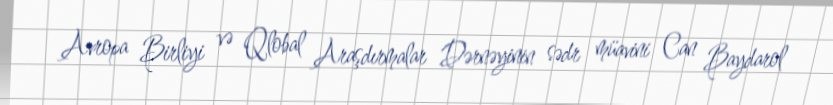
Avropa Birliyi və Qlobal Araşdırmalar Dərnəyinin sədr müavini Can Baydarol